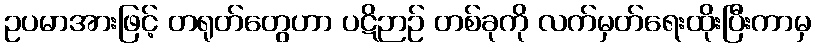
ဥပမာအားဖြင့် တရုတ်တွေဟာ ပဋိဉာဉ် တစ်ခုကို လက်မှတ်ရေးထိုးပြီးကာမှ